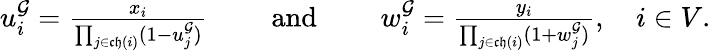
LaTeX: \begin{array}{r}{u_{i}^{\mathcal{G}}=\frac{x_{i}}{\prod_{j\in\mathfrak{ch}(i)}(1-u_{j}^{\mathcal{G}})}\qquad\mathrm{~and~}\qquad w_{i}^{\mathcal{G}}=\frac{y_{i}}{\prod_{j\in\mathfrak{ch}(i)}(1+w_{j}^{\mathcal{G}})},\quad i\in V.}\end{array}